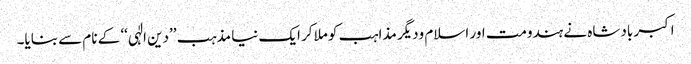
اکبر بادشاہ نے ہندومت اور اسلام ودیگر مذاہب کو ملاکر ایک نیا مذہب ’’دین الٰہی‘‘ کے نام سے بنایا۔